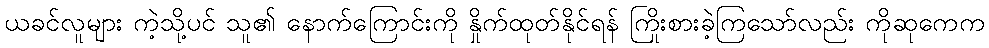
ယခင်လူများ ကဲ့သို့ပင် သူ၏ နောက်ကြောင်းကို နှိုက်ထုတ်နိုင်ရန် ကြိုးစားခဲ့ကြသော်လည်း ကိုဆုကေက